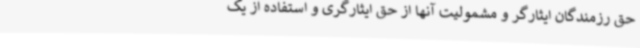
حق رزمندگان ایثارگر و مشمولیت آنها از حق ایثارگری و استفاده از یک